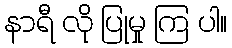
နာရီ လို ပြုမှု ကြ ပါ။